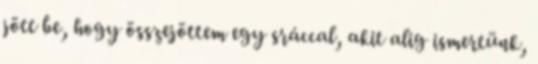
jött be, hogy összejöttem egy sráccal, akit alig ismertünk,